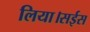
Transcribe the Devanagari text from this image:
लिया।सईस